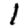
Digit: 1